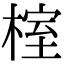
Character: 榁